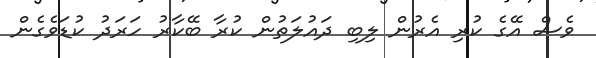
ވެސް އޭގެ ކުރި އެރުން ލިބި ދައުލަތުން ކުރާ ބޭކާރު ހަރަދު ކުޑަވެގެން